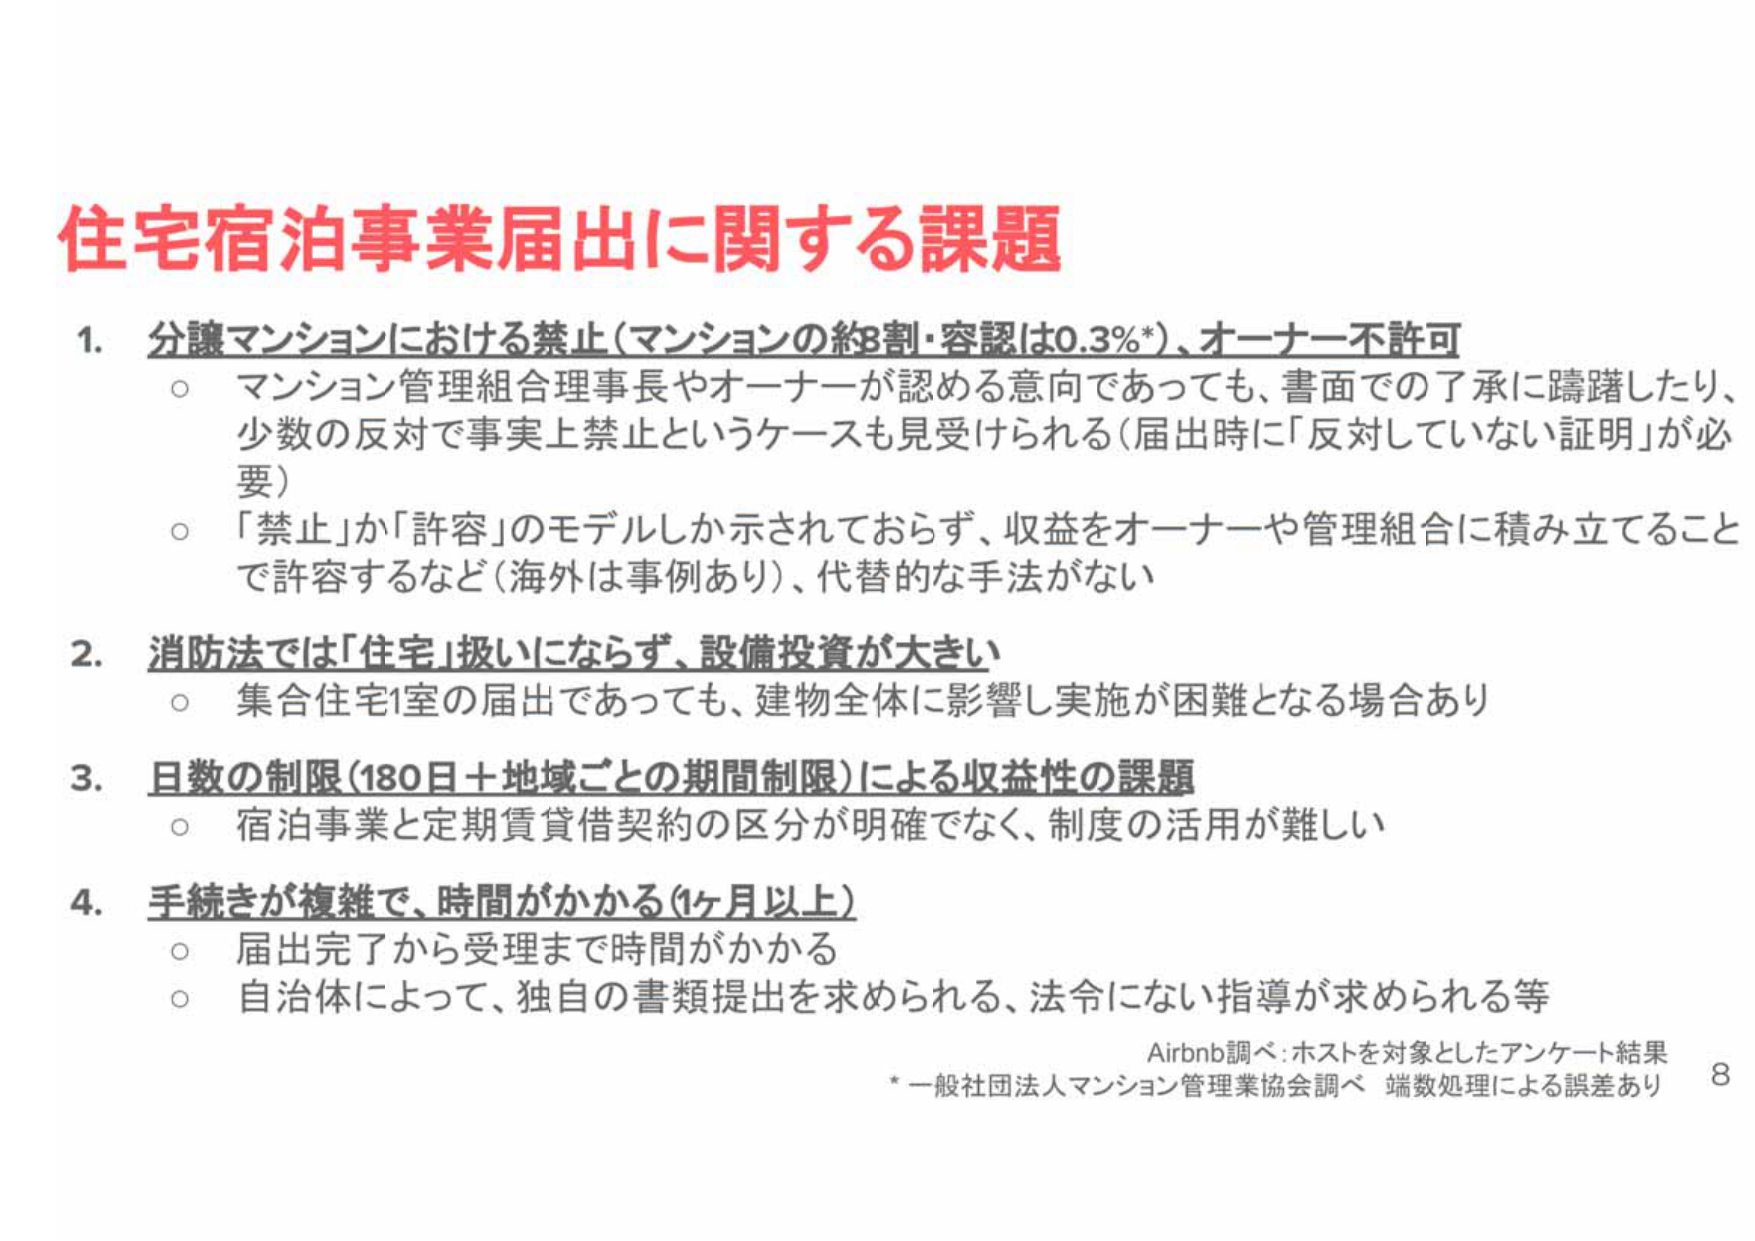
住宅宿泊事業届出に関する課題

1. 分譲マンションにおける禁止（マンションの約8割・容認は0.3%*）、オーナー不許可
　○ マンション管理組合理事長やオーナーが認める意向であっても、書面での了承に躊躇したり、
　　少数の反対で事実上禁止というケースも見受けられる（届出時に「反対していない証明」が必要）
　○ 「禁止」か「許容」のモデルしか示されておらず、収益をオーナーや管理組合に積み立てること
　　で許容するなど（海外は事例あり）、代替的な手法がない

2. 消防法では「住宅」扱いにならず、設備投資が大きい
　○ 集合住宅1室の届出であっても、建物全体に影響し実施が困難となる場合あり

3. 日数の制限（180日＋地域ごとの期間制限）による収益性の課題
　○ 宿泊事業と定期賃貸借契約の区分が明確でなく、制度の活用が難しい

4. 手続きが複雑で、時間がかかる（1ヶ月以上）
　○ 届出完了から受理まで時間がかかる
　○ 自治体によって、独自の書類提出を求められる、法令にない指導が求められる等

Airbnb調べ：ホストを対象としたアンケート結果
*一般社団法人マンション管理業協会調べ 端数処理による誤差あり

8